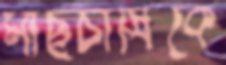
মাছচাষিকে